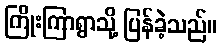
ကြိုးကြာရွာသို့ ပြန်ခဲ့သည်။